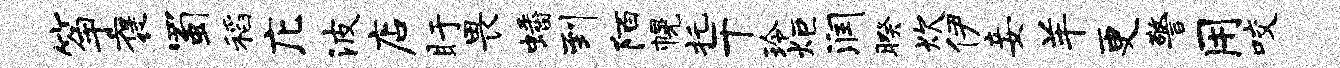
筝褒蜀稻庀波店盱畏蟠到陌幌托干玲炬润暌炊伊妾羊更警用咬